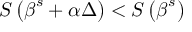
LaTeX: S \left( { \boldsymbol { \beta } } ^ { s } + \alpha \Delta \right) < S \left( { \boldsymbol { \beta } } ^ { s } \right)